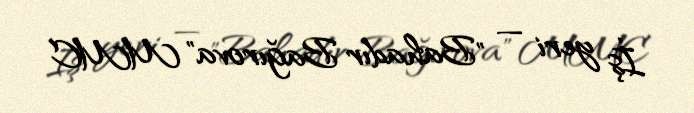
İş yeri — "Bahadır Bağırova" MMC